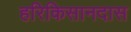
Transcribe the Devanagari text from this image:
हरिकिसानदास